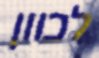
לכוון